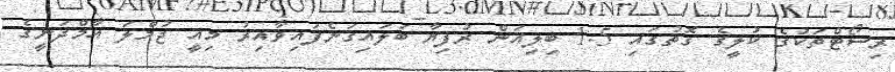
ރިސޯޓްތަކުގެ ކުލީގެ ގޮތުގައި 1.5 ބިލިއަން ރުފިޔާ ބަލައިގަނެފައިވާއިރު މިއީ ޖުމްލަ އާމްދަނީގެ